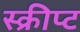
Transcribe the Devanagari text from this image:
स्क्रीप्ट